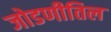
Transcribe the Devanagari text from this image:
जोडणीतिल